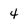
Character: 4